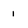
Character: 1